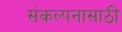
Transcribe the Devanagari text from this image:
संकल्पनासाठी